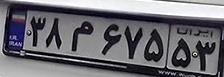
۳۸م۶۷۵۵۳